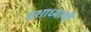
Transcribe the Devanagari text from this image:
दशाध्यायी